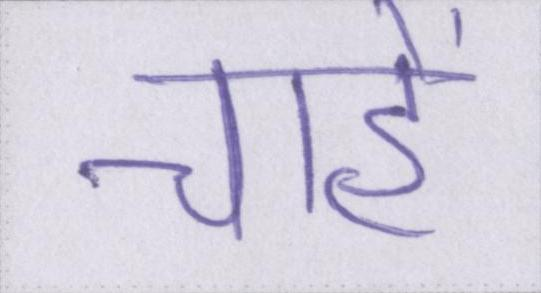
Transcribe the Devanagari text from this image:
चाहें